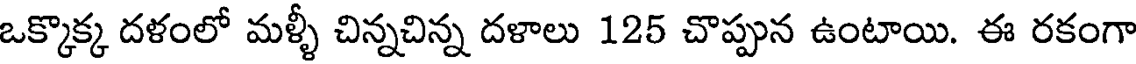
ఒక్కొక్క దళంలో మళ్ళీ చిన్నచిన్న దళాలు 125 చొప్పున ఉంటాయి. ఈ రకంగా